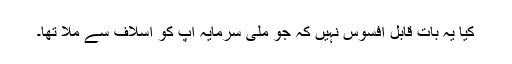
کیا یہ بات قابل افسوس نہیں کہ جو ملی سرمایہ آپ کو اسلاف سے ملا تھا۔